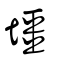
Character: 壃